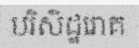
បរិសិដ្ឋរោគ